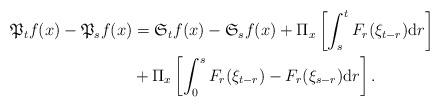
LaTeX: \begin{align*}\mathfrak{P}_{t}f(x)-\mathfrak{P}_{s}f(x)&=\mathfrak{S}_{t}f(x)-\mathfrak{S}_{s}f(x)+\Pi_{x}\left[\int_{s}^{t}F_{r}(\xi_{t-r}){\rm d}r\right]\\&+\Pi_{x}\left[\int_{0}^{s}F_{r}(\xi_{t-r})-F_{r}(\xi_{s-r}){\rm d}r\right].\end{align*}